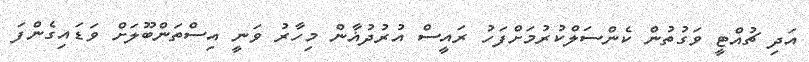
އަދި ޗުއްޓީ ވަގުތުން ކެންސަލްކުރުމަށްފަހު ރައީސް އުރުދުޣާން މިހާރު ވަނީ އިސްތަންބޫލަށް ވަޑައިގެންފަ